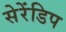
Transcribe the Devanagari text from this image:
सेरेंडिप